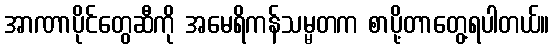
အာဏာပိုင်တွေဆီကို အမေရိကန်သမ္မတက စာပို့တာတွေ့ရပါတယ်။